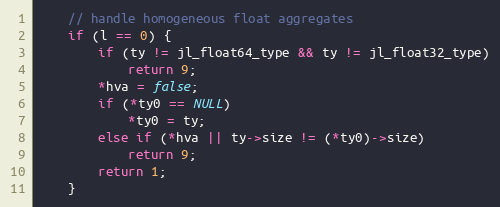
Language: C++
    // handle homogeneous float aggregates
    if (l == 0) {
        if (ty != jl_float64_type && ty != jl_float32_type)
            return 9;
        *hva = false;
        if (*ty0 == NULL)
            *ty0 = ty;
        else if (*hva || ty->size != (*ty0)->size)
            return 9;
        return 1;
    }